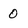
Character: 0